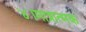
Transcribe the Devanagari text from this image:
४।मात्रात्मक